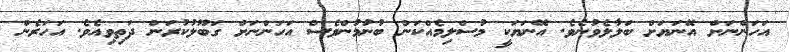
އަހަންނަށް އޭނަޔަށް ބަލާލެވުނެވެ. އޭނަޔަކީ މުސްލިމެއްކަން ބުނުމުންވެސް އަހަންނަށް ގަބޫލުކުރަން ދަތިވިއެވެ. އަހަރެން